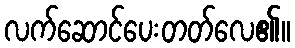
လက်ဆောင်ပေးတတ်လေ၏။